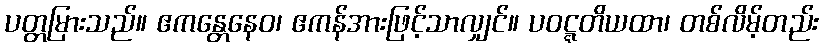
ပတ္တမြားသည်။ ဧကန္တေနေဝ၊ ဧကန်အားဖြင့်သာလျှင်။ ပဝဋ္ဋတိယထာ၊ တစ်လိမ့်တည်း